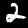
Label: 2